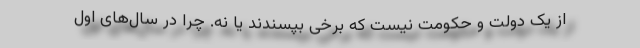
از یک دولت و حکومت نیست که برخی بپسندند یا نه. چرا در سال‌های اول